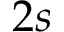
2 s